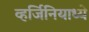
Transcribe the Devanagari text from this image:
व्हर्जिनियाध्ये